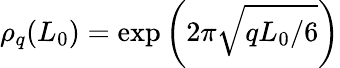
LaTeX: \rho_{q}(L_{0})=\exp\left(2\pi\sqrt{qL_{0}/6}\right)